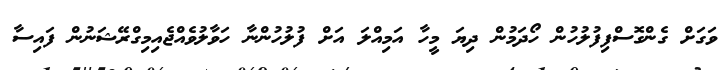
ވަގަށް ގެންގޮސްފިފުލުހުން ހޯދަމުން ދިޔަ މީހާ އަމިއްލަ އަށް ފުލުހުންނާ ހަވާލުވެއްޖެއިމިގްރޭޝަނުން ފައިސާ